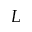
L